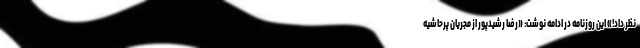
نظر داد!» این روزنامه در ادامه نوشت: «رضا رشیدپور از مجریان پرحاشیه